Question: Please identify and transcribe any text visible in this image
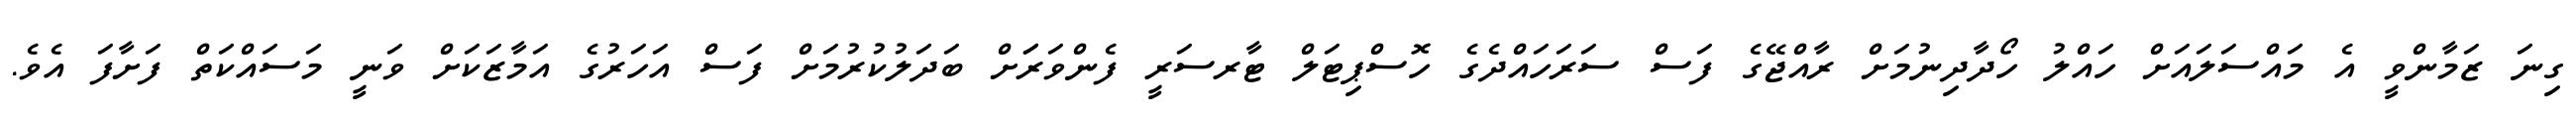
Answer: ގިނަ ޒަމާންވީ އެ މައްސަލައަށް ހައްލު ހޯދާދިނުމަށް ރާއްޖޭގެ ފަސް ސަރަހައްދެގެ ހޮސްޕިޓަލް ޓާރސަރީ ފެންވަރަަށް ބަދަލުކުރުމަށް ފަސް އަހަރުގެ އަމާޒަކަށް ވަނީ މަސައްކަތް ފަށާފަ އެވެ.